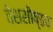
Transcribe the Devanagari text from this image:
वेशसौष्ठव